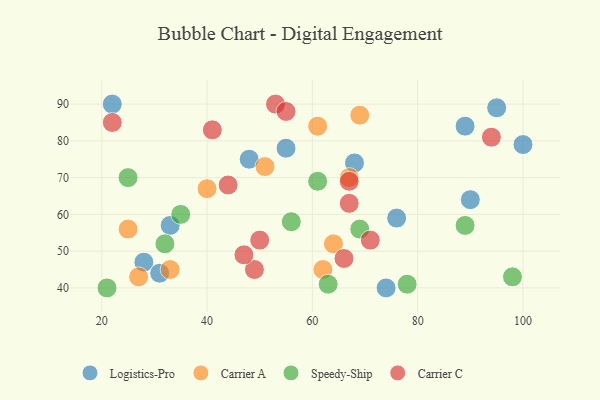
{"axis": {"x": "GDP", "y": "Life Expectancy"}, "legend": ["Carrier A", "Carrier C", "Logistics-Pro", "Speedy-Ship"], "data": [{"x": "100", "y": 79, "type": "Logistics-Pro"}, {"x": "33", "y": 57, "type": "Logistics-Pro"}, {"x": "89", "y": 84, "type": "Logistics-Pro"}, {"x": "76", "y": 59, "type": "Logistics-Pro"}, {"x": "55", "y": 78, "type": "Logistics-Pro"}, {"x": "28", "y": 47, "type": "Logistics-Pro"}, {"x": "90", "y": 64, "type": "Logistics-Pro"}, {"x": "31", "y": 44, "type": "Logistics-Pro"}, {"x": "74", "y": 40, "type": "Logistics-Pro"}, {"x": "95", "y": 89, "type": "Logistics-Pro"}, {"x": "22", "y": 90, "type": "Logistics-Pro"}, {"x": "48", "y": 75, "type": "Logistics-Pro"}, {"x": "68", "y": 74, "type": "Logistics-Pro"}, {"x": "51", "y": 73, "type": "Carrier A"}, {"x": "40", "y": 67, "type": "Carrier A"}, {"x": "61", "y": 84, "type": "Carrier A"}, {"x": "25", "y": 56, "type": "Carrier A"}, {"x": "27", "y": 43, "type": "Carrier A"}, {"x": "62", "y": 45, "type": "Carrier A"}, {"x": "67", "y": 70, "type": "Carrier A"}, {"x": "64", "y": 52, "type": "Carrier A"}, {"x": "33", "y": 45, "type": "Carrier A"}, {"x": "69", "y": 87, "type": "Carrier A"}, {"x": "78", "y": 41, "type": "Speedy-Ship"}, {"x": "69", "y": 56, "type": "Speedy-Ship"}, {"x": "89", "y": 57, "type": "Speedy-Ship"}, {"x": "61", "y": 69, "type": "Speedy-Ship"}, {"x": "56", "y": 58, "type": "Speedy-Ship"}, {"x": "63", "y": 41, "type": "Speedy-Ship"}, {"x": "35", "y": 60, "type": "Speedy-Ship"}, {"x": "32", "y": 52, "type": "Speedy-Ship"}, {"x": "98", "y": 43, "type": "Speedy-Ship"}, {"x": "21", "y": 40, "type": "Speedy-Ship"}, {"x": "25", "y": 70, "type": "Speedy-Ship"}, {"x": "22", "y": 85, "type": "Carrier C"}, {"x": "44", "y": 68, "type": "Carrier C"}, {"x": "49", "y": 45, "type": "Carrier C"}, {"x": "66", "y": 48, "type": "Carrier C"}, {"x": "71", "y": 53, "type": "Carrier C"}, {"x": "94", "y": 81, "type": "Carrier C"}, {"x": "53", "y": 90, "type": "Carrier C"}, {"x": "55", "y": 88, "type": "Carrier C"}, {"x": "47", "y": 49, "type": "Carrier C"}, {"x": "67", "y": 63, "type": "Carrier C"}, {"x": "50", "y": 53, "type": "Carrier C"}, {"x": "41", "y": 83, "type": "Carrier C"}, {"x": "67", "y": 69, "type": "Carrier C"}]}